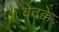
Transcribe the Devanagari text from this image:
वेदक्के